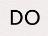
DO